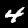
Digit: 4